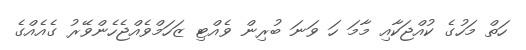
ހަތް މަހުގެ ކުއްޖަކާއި މާމަ ހަ ވަނަ ބުރިން ވެއްޓި ޒަހަމްވެއްޖެހެންވޭރު ގެއެއްގެ